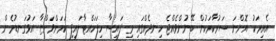
އެއިރަކު އޮންނަ ސަރުކާރަކުން ބޭނުންވެއްޖެ ހިނދެއްގައި މި ފައިސާ ހިފަހައްޓާލައިފި ކަމަށްވަންޏާ އަޅުގަނޑުމެން